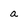
Character: a